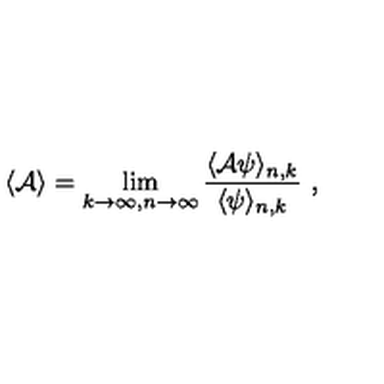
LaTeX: \langle { \cal A } \rangle = \lim _ { k \to \infty , n \to \infty } { \frac { \langle { \cal A } \psi \rangle _ { n , k } } { \langle \psi \rangle _ { n , k } } } \ ,